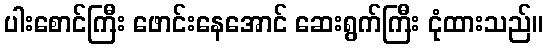
ပါးစောင်ကြီး ဖောင်းနေအောင် ဆေးရွက်ကြီး ငုံထားသည်။